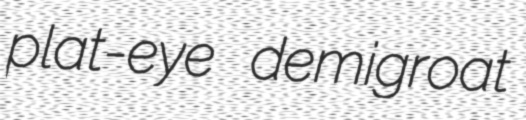
plat-eye demigroat